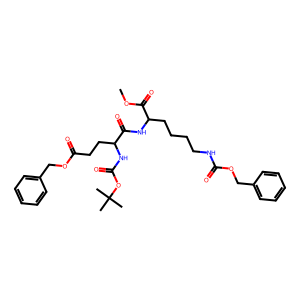
SMILES: COC(=O)C(CCCCNC(=O)OCc1ccccc1)NC(=O)C(CCC(=O)OCc1ccccc1)NC(=O)OC(C)(C)C
Inhibits HIV replication: No